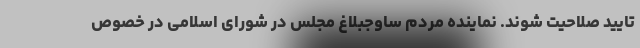
تایید صلاحیت شوند. نماینده مردم ساوجبلاغ مجلس در شورای اسلامی در خصوص